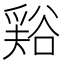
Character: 𧮾